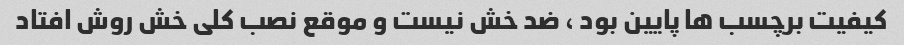
کیفیت برچسب ها پایین بود ، ضد خش نیست و موقع نصب کلی خش روش افتاد